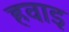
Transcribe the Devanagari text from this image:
हवाइ